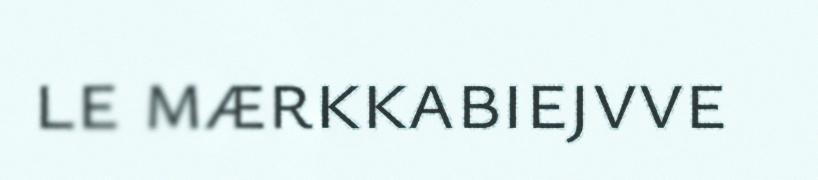
le mærkkabiejvve